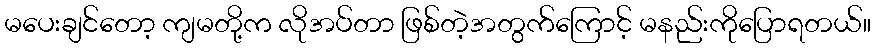
မပေးချင်တော့ ကျမတို့က လိုအပ်တာ ဖြစ်တဲ့အတွက်ကြောင့် မနည်းကိုပြောရတယ်။